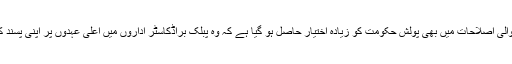
اسی طرح میڈیا کے شعبے میں ہونے والی اصلاحات میں بھی پولش حکومت کو زیادہ اختیار حاصل ہو گیا ہے کہ وہ پبلک براڈکاسٹر اداروں میں اعلیٰ عہدوں پر اپنی پسند کے امیدوروں کو ترجیح دے سکے گی۔